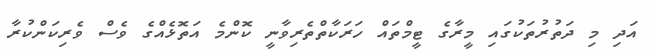
އަދި މި ދަތުރުތަކުގައި މީރާގެ ޓީމްތައް ހަރަކާތްތެރިވާނީ ކޮންމެ އަތޮޅެއްގެ ވެސް ވެރިކަންކުރާ